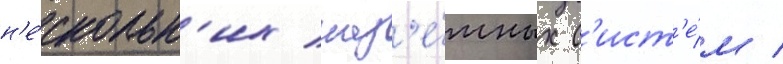
н'е́скольк'их наз'е́мных с'ист'е́м /